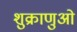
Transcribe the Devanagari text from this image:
शुक्राणुओ